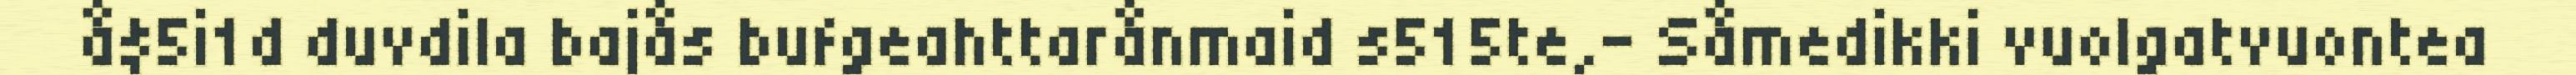
å$5i1d duvdila bajås bufgeahttarånmaid s515te,– Såmedikki vuolgatvuontea